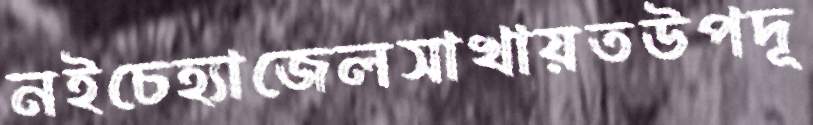
নইচেহ্যাজেলসাখায়তউপদূ